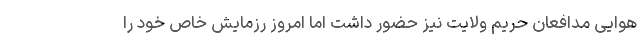
هوایی مدافعان حریم ولایت نیز حضور داشت اما امروز رزمایش خاص خود را